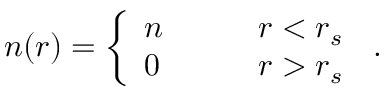
n ( r ) = \left\{ \begin{array} { l l } { n \qquad } & { r < r _ { s } } \\ { 0 } & { r > r _ { s } } \end{array} \right. \, .